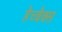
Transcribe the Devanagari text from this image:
हैच्बैक्स